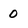
Character: 0